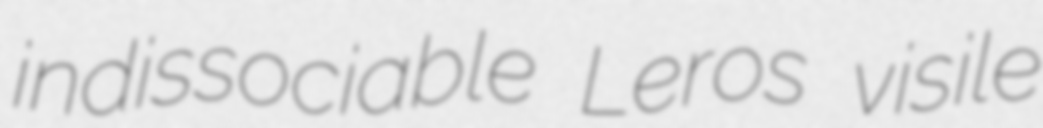
indissociable Leros visile